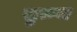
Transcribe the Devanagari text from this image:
सुरुज